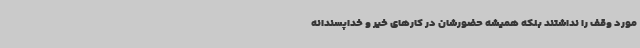
مورد وقف را نداشتند بلکه همیشه حضورشان در کارهای خیر و خداپسندانه